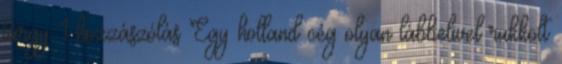
tárgy 1 hozzászólás Egy holland cég olyan lábbelivel rukkolt